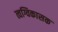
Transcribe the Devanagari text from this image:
त्वग्विकासक